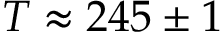
T \approx 2 4 5 \pm 1